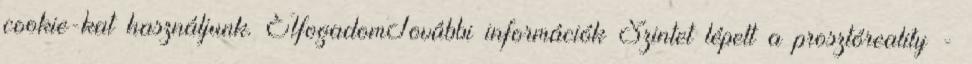
cookie-kat használjunk. ElfogadomTovábbi információk Szintet lépett a prosztóreality -